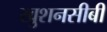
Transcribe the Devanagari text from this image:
खुशनसीबी